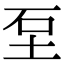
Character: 𡊵